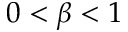
0 < \beta < 1